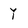
Character: Y